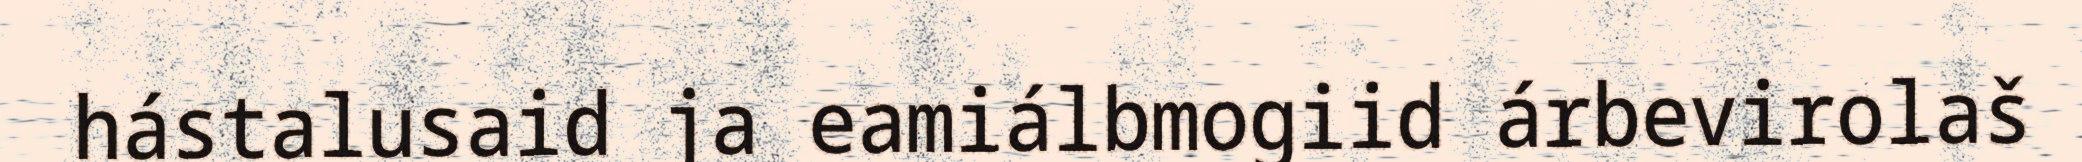
hástalusaid ja eamiálbmogiid árbevirolaš